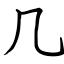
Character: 几